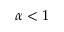
\alpha < 1